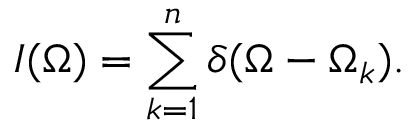
I ( \Omega ) = \sum _ { k = 1 } ^ { n } \delta ( \Omega - \Omega _ { k } ) .